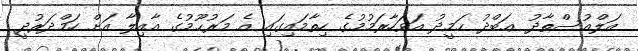
އަލްއުސްތާޛު ޢަބްދު ޙަމީދު އަވަހާރަމުމުގެ ހިތާމައިގައި އެ މަރުޙޫމުގެ އާއިލާ އަށް ހަމްދަރުދީ